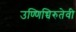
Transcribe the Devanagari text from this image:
उण्णिच्चिरुतेवी